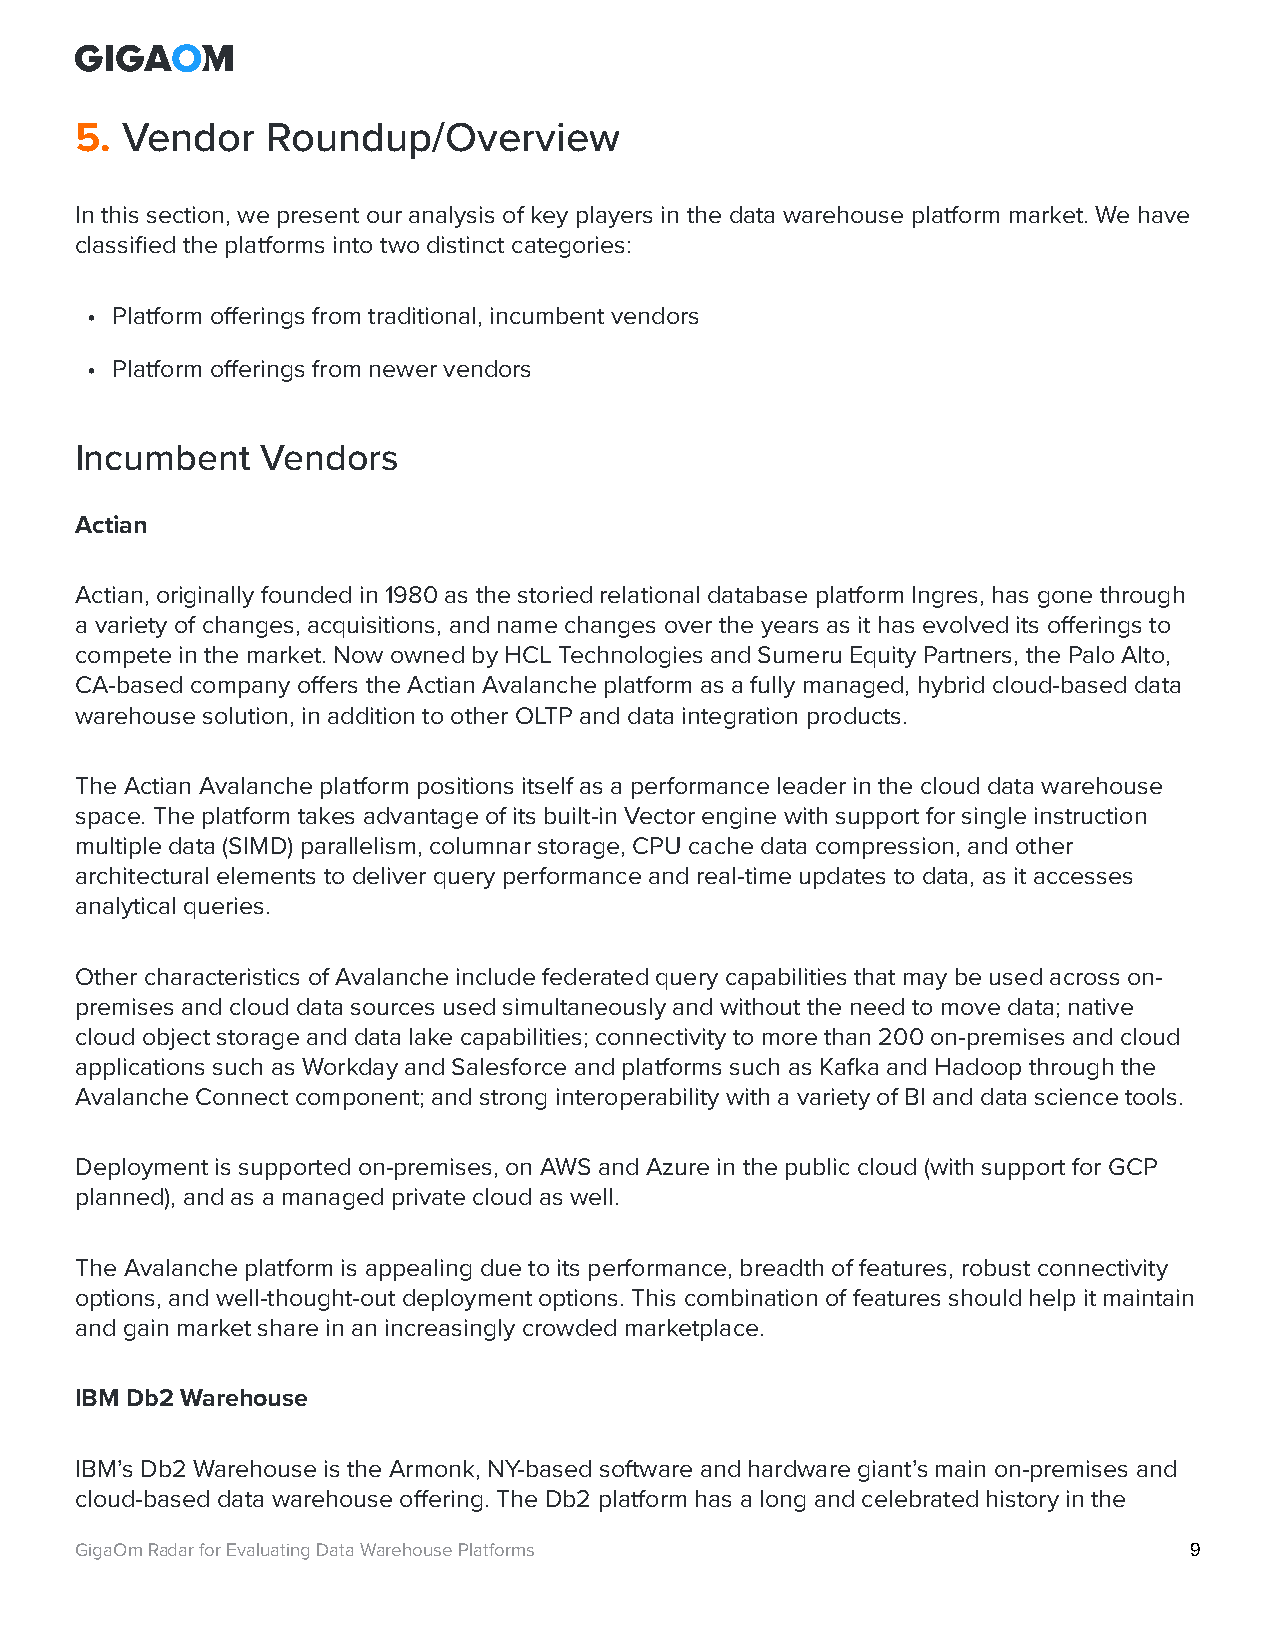
5. Vendor    Roundup/Overview
 In this section, we present our analysis of key players in the data warehouse platform market. We have
 classified the platforms into two distinct categories:
 • Platform offerings from traditional, incumbent vendors
 • Platform offerings from newer vendors
 Incumbent   Vendors
 Actian
 Actian, originally founded in 1980 as the storied relational database platform Ingres, has gone through
 a variety of changes, acquisitions, and name changes over the years as it has evolved its offerings to
 compete in the market. Now owned by HCL Technologies and Sumeru Equity Partners, the Palo Alto,
 CA-based company offers the Actian Avalanche platform as a fully managed, hybrid cloud-based data
 warehouse solution, in addition to other OLTP and data integration products.
 The Actian Avalanche platform positions itself as a performance leader in the cloud data warehouse
 space. The platform takes advantage of its built-in Vector engine with support for single instruction
 multiple data (SIMD) parallelism, columnar storage, CPU cache data compression, and other
 architectural elements to deliver query performance and real-time updates to data, as it accesses
 analytical queries.
 Other characteristics of Avalanche include federated query capabilities that may be used across on-
 premises and cloud data sources used simultaneously and without the need to move data; native
 cloud object storage and data lake capabilities; connectivity to more than 200 on-premises and cloud
 applications such as Workday and Salesforce and platforms such as Kafka and Hadoop through the
 Avalanche Connect component; and strong interoperability with a variety of BI and data science tools.
 Deployment is supported on-premises, on AWS and Azure in the public cloud (with support for GCP
 planned), and as a managed private cloud as well.
 The Avalanche platform is appealing due to its performance, breadth of features, robust connectivity
 options, and well-thought-out deployment options. This combination of features should help it maintain
 and gain market share in an increasingly crowded marketplace.
 IBM Db2 Warehouse
 IBM’s Db2 Warehouse is the Armonk, NY-based software and hardware giant’s main on-premises and
 cloud-based data warehouse offering. The Db2 platform has a long and celebrated history in the
 GigaOm Radar for Evaluating Data Warehouse Platforms                      9